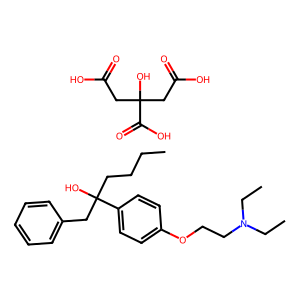
SMILES: CCCCC(O)(Cc1ccccc1)c1ccc(OCCN(CC)CC)cc1.O=C(O)CC(O)(CC(=O)O)C(=O)O
Inhibits HIV replication: No